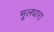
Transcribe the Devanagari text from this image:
मूलधारा